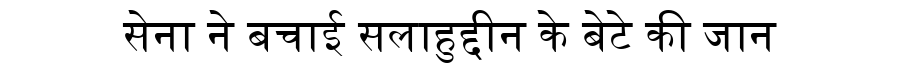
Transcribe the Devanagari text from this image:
सेना ने बचाई सलाहुद्दीन के बेटे की जान